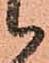
候